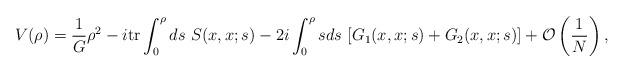
LaTeX: \begin{align*}V(\rho)=\frac{1}{G}\rho^{2} -i \mbox{tr} \int^{\rho}_{0}ds\ S(x,x;s) -2i \int^{\rho}_{0}sds\ [G_{1}(x,x;s) +G_{2}(x,x;s)] +{\cal O}\left(\frac{1}{N}\right),\end{align*}